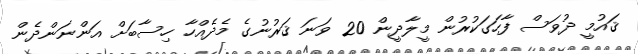
ޤައުމީ ދުވަސް ފާހަގަކުރުން މީލާދީން 20 ވަނަ ޤަރުނުގެ މެދެއްހާ ހިސާބަށް އަންނަންދެން